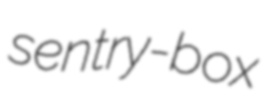
sentry-box